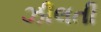
ઝીલતી